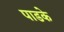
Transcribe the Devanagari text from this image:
पाडके